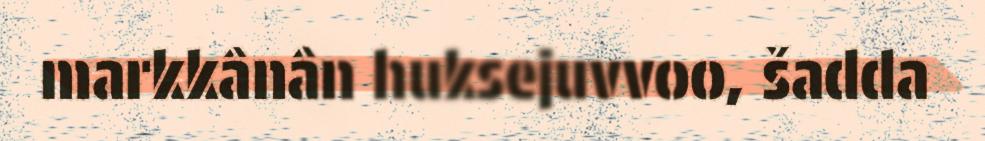
markkânân huksejuvvoo, šadda